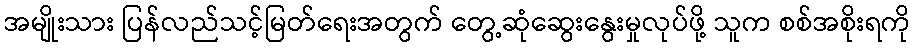
အမျိုးသား ပြန်လည်သင့်မြတ်ရေးအတွက် တွေ့ဆုံဆွေးနွေးမှုလုပ်ဖို့ သူက စစ်အစိုးရကို